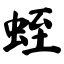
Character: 蛭